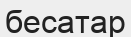
бесатар